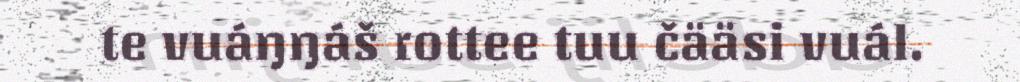
te vuáŋŋáš rottee tuu čääsi vuál.